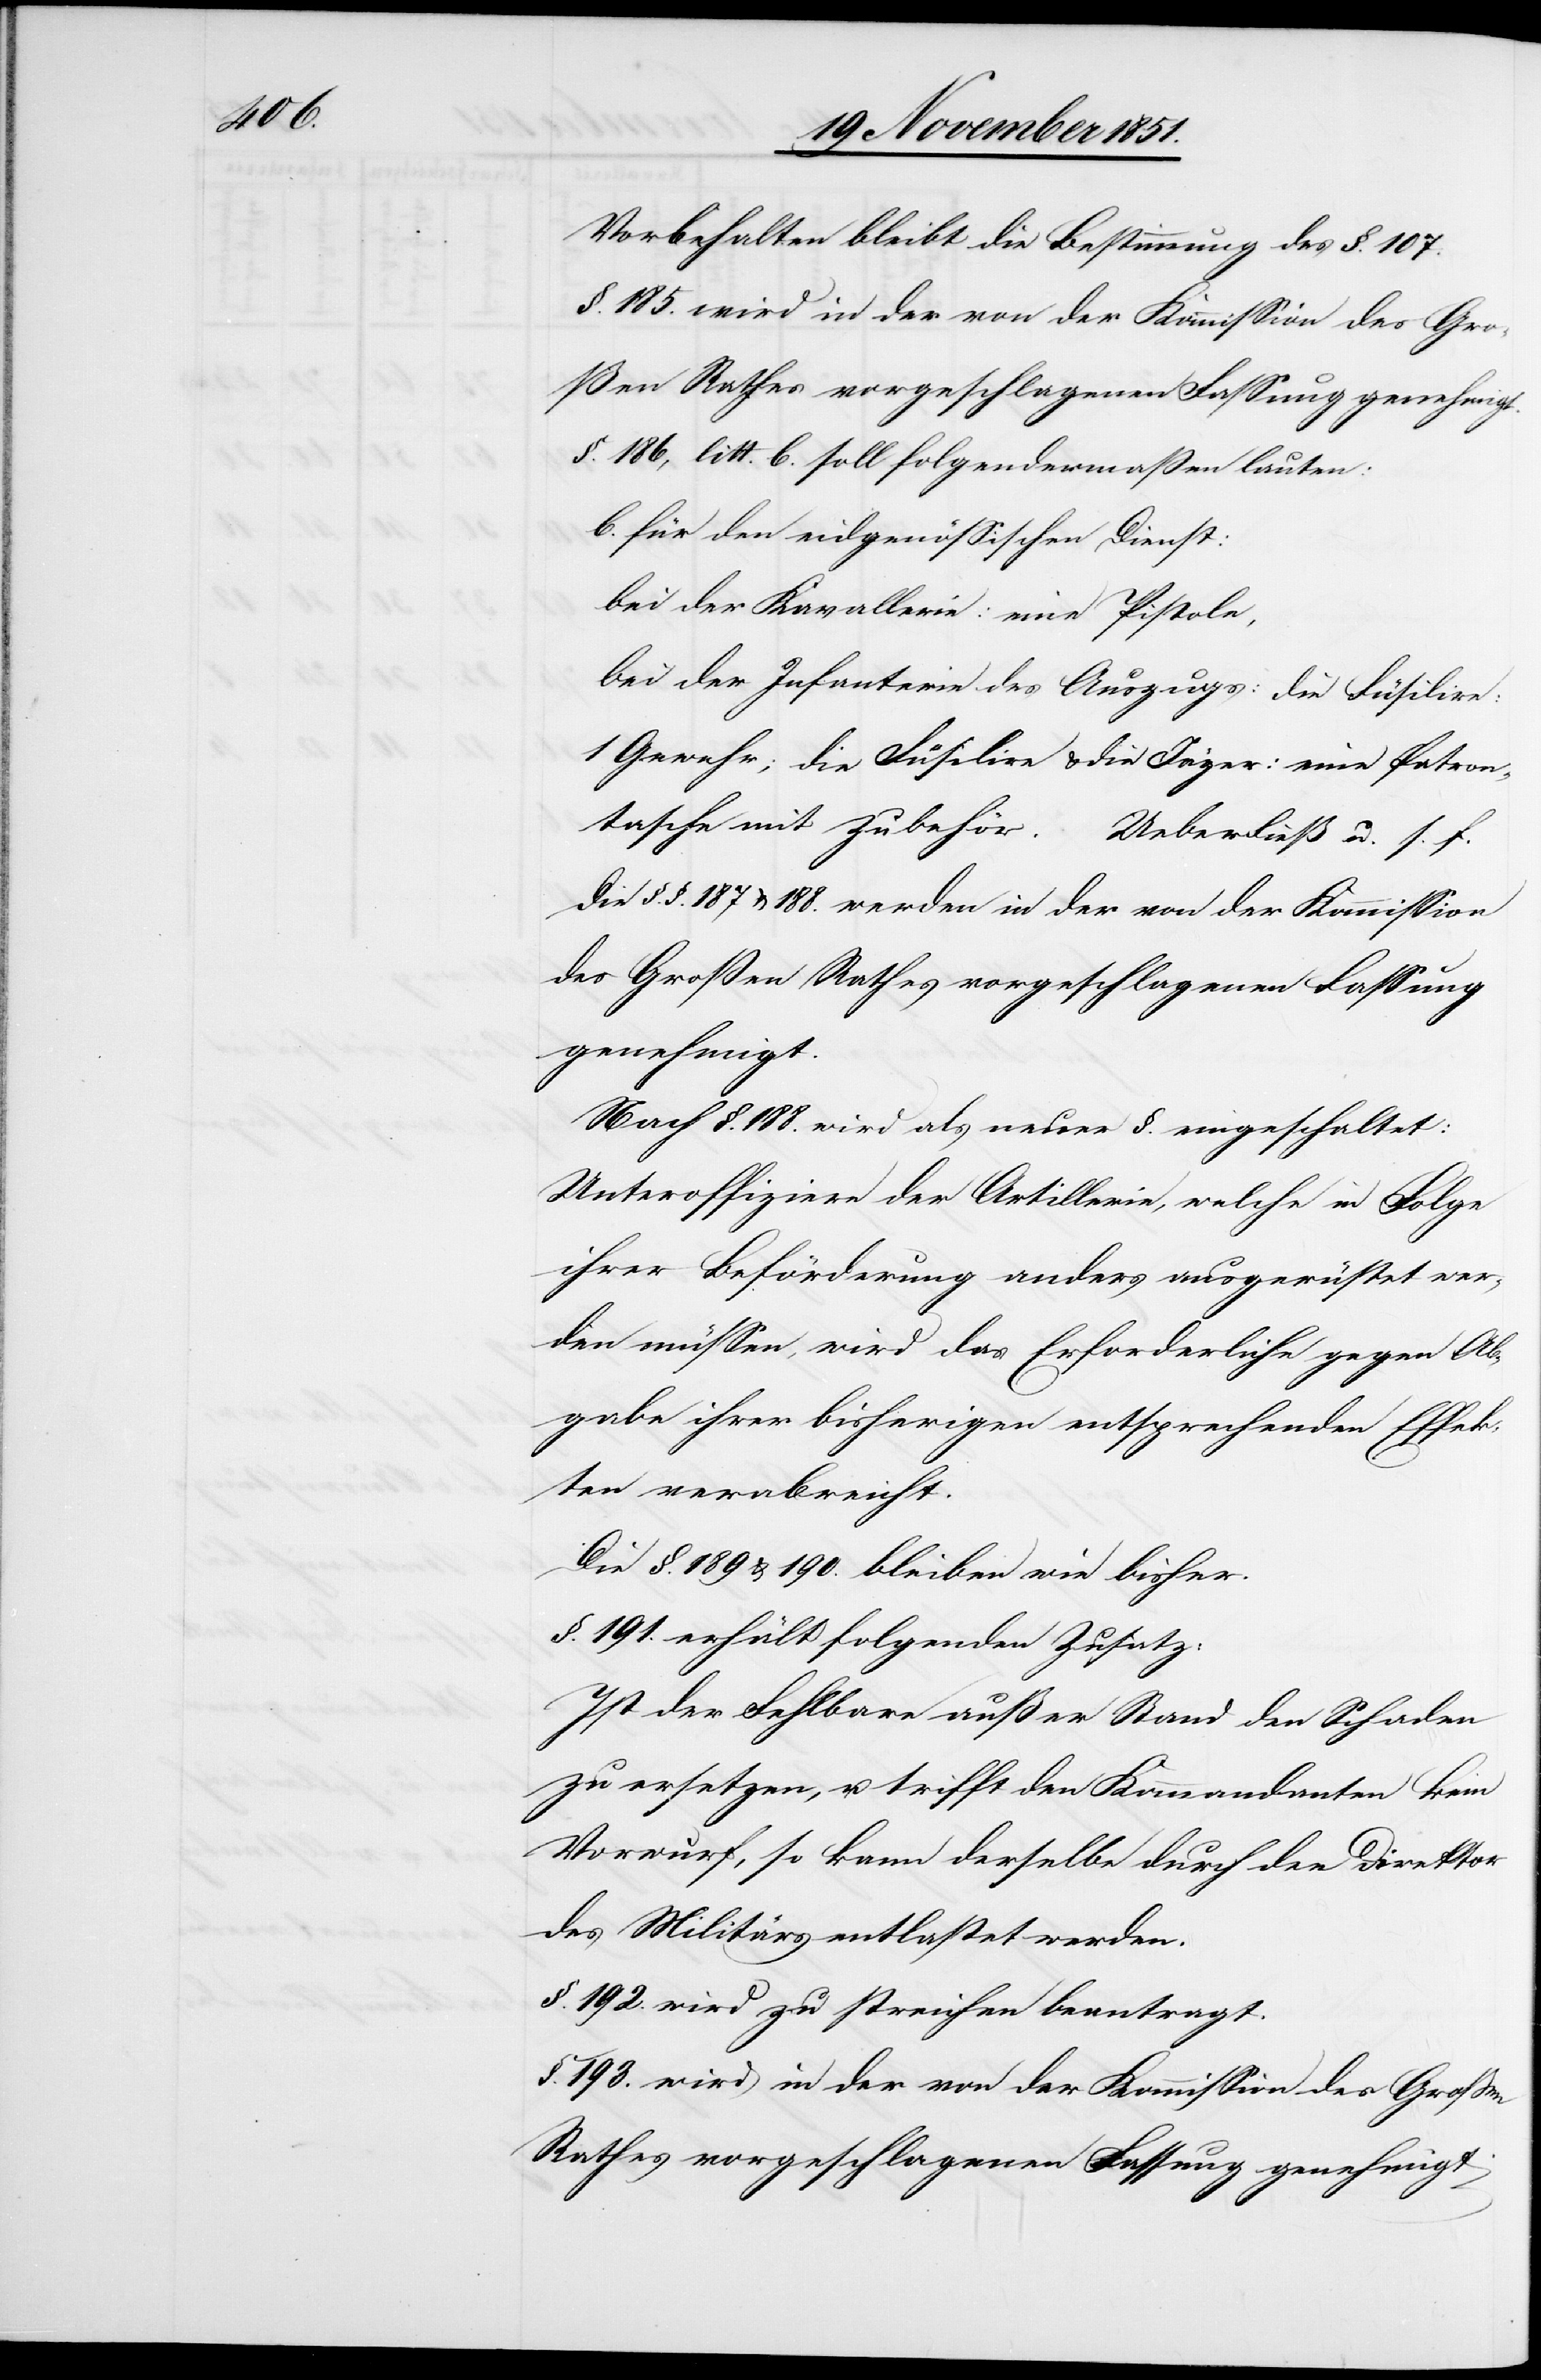
Vorbehalten bleibt die Bestimmung des §. 107.
§. 185. wird in der von der Kommission des Gro¬
ßen Rathes vorgeschlagenen Fassung genehmigt.
§. 186, litt. b. soll folgendermaßen lauten:
b. für den eidgenössischen Dienst:
bei der Kavallerie: eine Pistole,
bei der Infanterie des Auszugs: die Füsilire:
1 Gewehr; die Füsilire & die Jäger: eine Patron¬
tasche mit Zubehör.
Ueberdieß u.s. f.
Die §.§. 187 & 188. werden in der von der Kommission
des Großen Rathes vorgeschlagenen Fassung
genehmigt.
Nach §. 188. wird als neuer §. eingeschaltet:
Unteroffiziere[n] der Artillerie, welche in Folge
ihrer Beförderung anders ausgerüstet wer¬
den müssen, wird das Erforderliche gegen Ab¬
gabe ihrer bisherigen entsprechenden Effek¬
ten verabreicht.
Die §. 189 & 190. bleiben wie bisher.
§. 191. erhält folgenden Zusatz:
Ist der Fehlbare außer Stand den Schaden
zu ersetzen, u. trifft den Kommandanten kein
Vorwurf, so kann derselbe durch den Direktor
des Militärs entlastet werden.
§. 192. wird zu streichen beantragt.
§. 193. wird in der von der Kommission des Großen
Rathes vorgeschlagenen Fassung genehmigt.